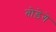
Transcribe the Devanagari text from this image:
तोड़ेगे